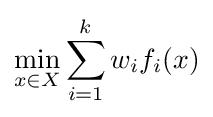
\min _{x\in X}\sum _{i=1}^{k}w_{i}f_{i}(x)